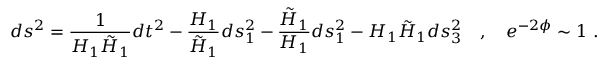
d s ^ { 2 } = \frac { 1 } { H _ { 1 } \tilde { H } _ { 1 } } d t ^ { 2 } - \frac { H _ { 1 } } { \tilde { H } _ { 1 } } d s _ { 1 } ^ { 2 } - \frac { \tilde { H } _ { 1 } } { H _ { 1 } } d s _ { 1 } ^ { 2 } - H _ { 1 } \tilde { H } _ { 1 } d s _ { 3 } ^ { 2 } \quad , \quad e ^ { - 2 \phi } \sim 1 \ .